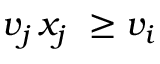
v _ { j } \, x _ { j } \ \geq v _ { i }